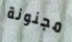
مجنونة